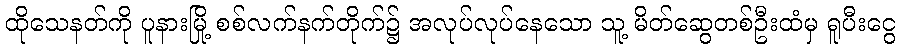
ထိုသေနတ်ကို ပူနားမြို့ စစ်လက်နက်တိုက်၌ အလုပ်လုပ်နေသော သူ့ မိတ်ဆွေတစ်ဦးထံမှ ရူပီးငွေ